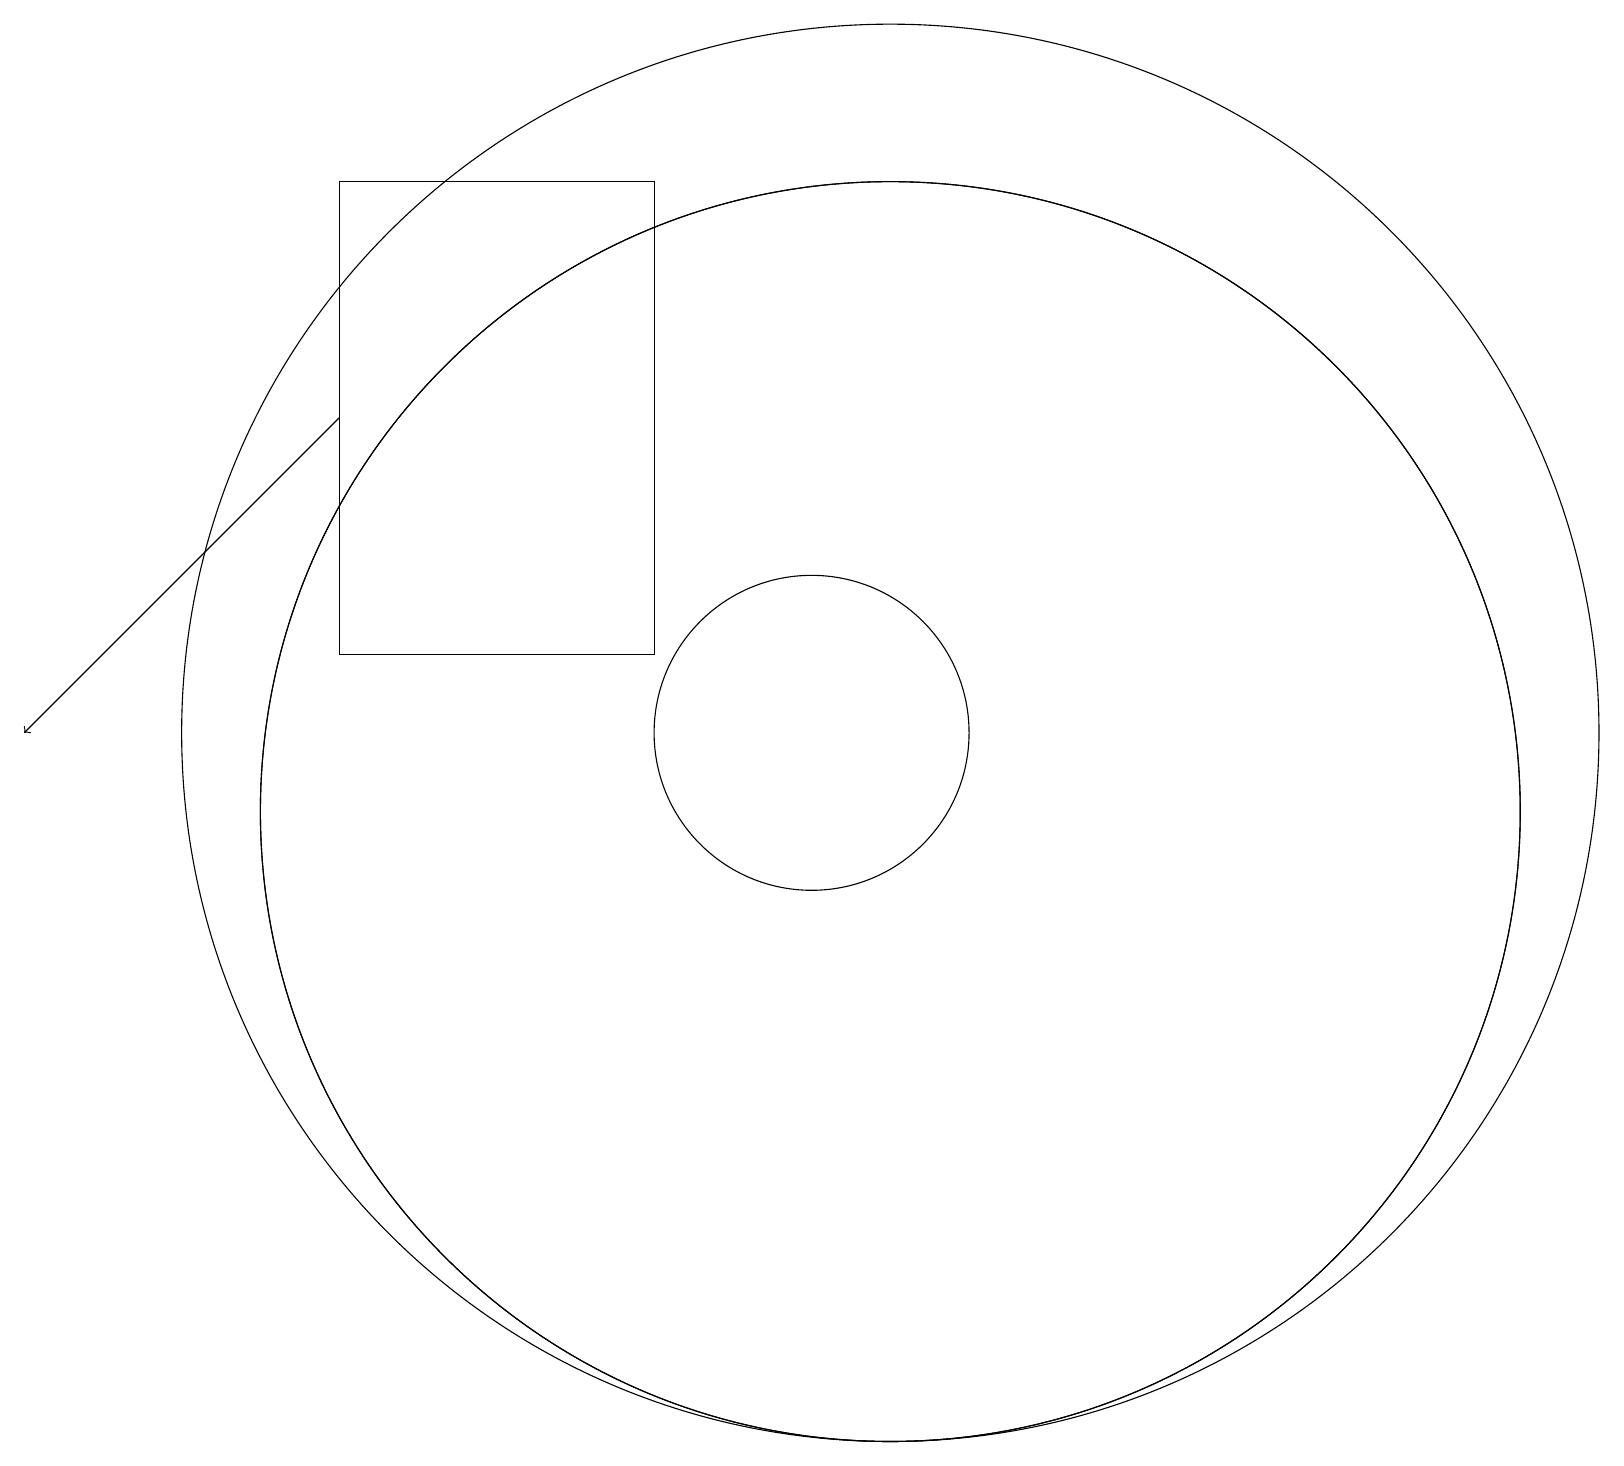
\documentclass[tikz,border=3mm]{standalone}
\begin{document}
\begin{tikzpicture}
\draw (4,12) rectangle (8,18);
\draw (11,10) circle (8);
\draw (10,11) circle (2);
\draw (11,10) circle (8);
\draw (11,11) circle (9);
\draw[->] (4,15) -- (0,11);
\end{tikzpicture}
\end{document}